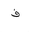
Letter: _fa